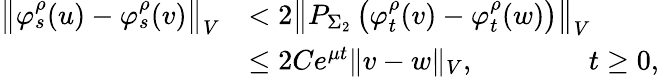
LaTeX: \begin{array}{rl}{\left\Vert\varphi_{s}^{\rho}(u)-\varphi_{s}^{\rho}(v)\right\Vert_{V}}&{<2\left\Vert P_{\Sigma_{2}}\left(\varphi_{t}^{\rho}(v)-\varphi_{t}^{\rho}(w)\right)\right\Vert_{V}}\\ &{\leq 2Ce^{\mu t}\Vert v-w\Vert_{V},\qquad\qquad t\geq 0,}\end{array}